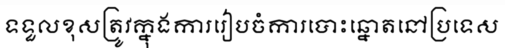
ទទួលខុសត្រូវក្នុងការរៀបចំការបោះឆ្នោតនៅប្រទេស